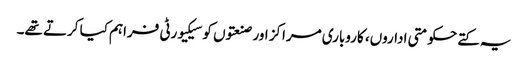
یہ کتے حکومتی اداروں، کاروباری مراکز اور صنعتوں کو سیکیورٹی فراہم کیا کرتے تھے۔